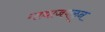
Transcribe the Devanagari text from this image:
गाद्याजवळून